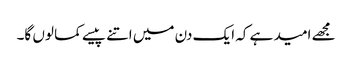
مجھے امید ہے کہ ایک دن میں اتنے پیسے کما لوں گا۔